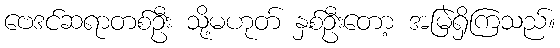
ဗေဒင်ဆရာတစ်ဦး သို့မဟုတ် နှစ်ဦးတော့ အမြဲရှိကြသည်။